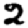
Digit: 2